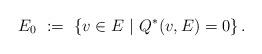
LaTeX: \begin{align*} E_0 \ := \ \{ v \in E \ | \ Q^*(v,E) = 0 \} \,.\end{align*}